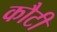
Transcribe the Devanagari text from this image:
कौटी